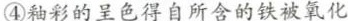
④釉彩的呈色得自所含的铁被氧化